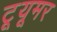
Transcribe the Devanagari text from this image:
टूयूमर